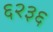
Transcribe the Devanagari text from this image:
६२३६